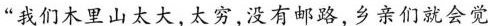
“我们木里山太大，太穷,没有邮路，乡亲们就会觉